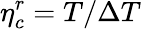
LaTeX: \eta_{c}^{r}=T/\Delta T